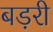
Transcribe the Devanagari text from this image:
बड़री